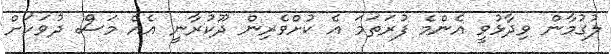
ލުގުމާން ވިދާޅުވީ އެންމެ ފުރަތަމަ އެ ކުށްވެރިން ދޫކުރާނީ އެއް މަސް ދުވަހަށް